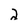
Character: 2